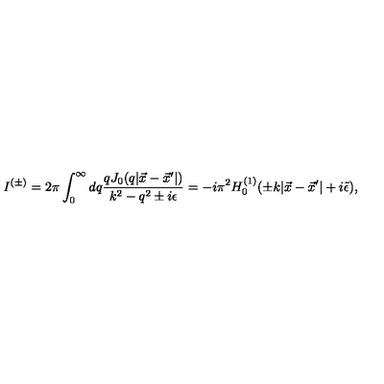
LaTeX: I ^ { ( \pm ) } = 2 \pi \int _ { 0 } ^ { \infty } d q \frac { q J _ { 0 } ( q | \vec { x } - \vec { x } ^ { \prime } | ) } { k ^ { 2 } - q ^ { 2 } \pm i \epsilon } = - i \pi ^ { 2 } H _ { 0 } ^ { ( 1 ) } ( \pm k | \vec { x } - \vec { x } ^ { \prime } | + i \tilde { \epsilon } ) ,